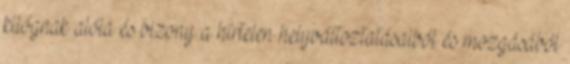
kilógnak alóla és bizony a hírtelen helyváltoztatásaiból és mozgásából